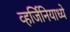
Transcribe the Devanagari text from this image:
व्हर्जिनियाध्ये